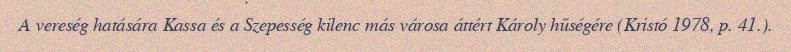
A vereség hatására Kassa és a Szepesség kilenc más városa áttért Károly hűségére (Kristó 1978, p. 41.).